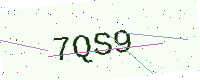
Text: 7QS9